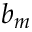
b _ { m }